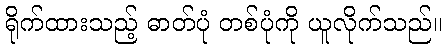
ရိုက်ထားသည့် ဓာတ်ပုံ တစ်ပုံကို ယူလိုက်သည်။